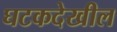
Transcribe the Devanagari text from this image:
घटकदेखील